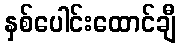
နှစ်ပေါင်းထောင်ချီ